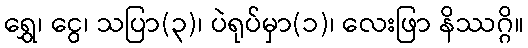
ရွှေ၊ ငွေ၊ သပြာ(၃)၊ ပဲရုပ်မှာ(၁)၊ လေးဖြာ နိဿဂ္ဂိ။